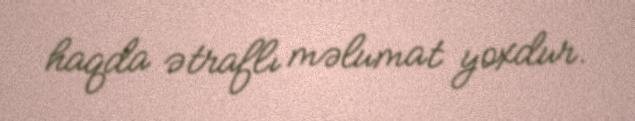
haqda ətraflı məlumat yoxdur.